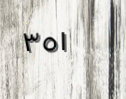
٣٥١